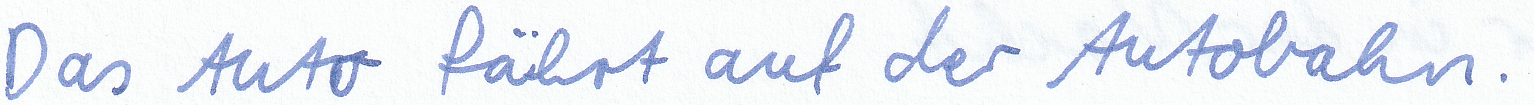
Das Auto fährt auf der Autobahn.